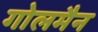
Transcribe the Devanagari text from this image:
गोलमैन